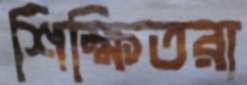
শিক্ষিতরা